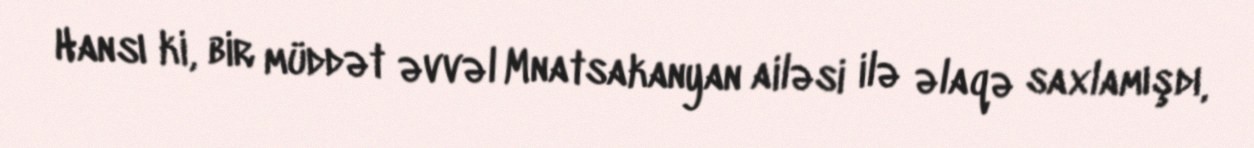
Hansı ki, bir müddət əvvəl Mnatsakanyan ailəsi ilə əlaqə saxlamışdı,